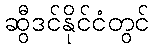
ဆွီဒင်နိုင်ငံတွင်